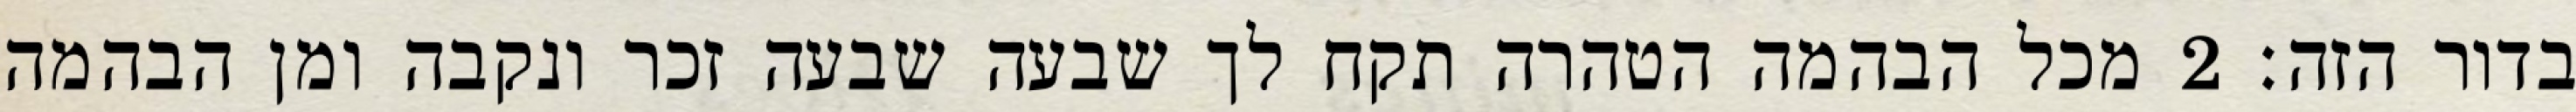
בדור הזה׃ ‎2‏ מכל הבהמה הטהרה תקח לך שבעה שבעה זכר ונקבה ומן הבהמה